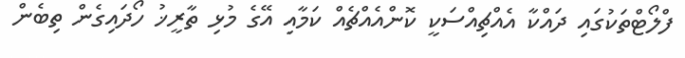
ފްލޯޓްތަކުގައި ދައްކާ އެއްޗިއްސަކީ ކޮންއެއްޗެއް ކަމާއި އޭގެ މުޅި ތާރީޚު ހޯދައިގެން ތިބެން